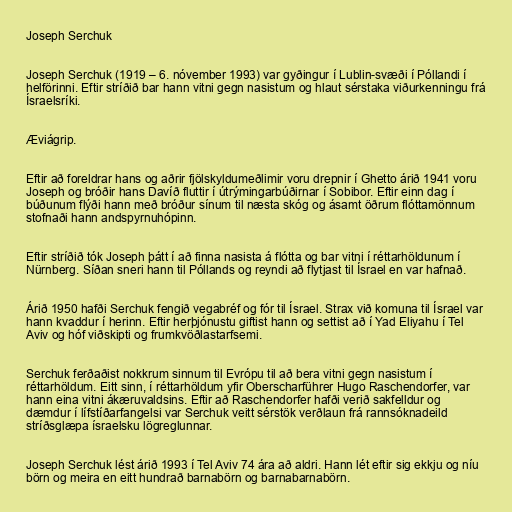
Joseph Serchuk

Joseph Serchuk (1919 – 6. nóvember 1993) var gyðingur í Lublin-svæði í Póllandi í
helförinni. Eftir stríðið bar hann vitni gegn nasistum og hlaut sérstaka viðurkenningu frá
Ísraelsríki.

Æviágrip.

Eftir að foreldrar hans og aðrir fjölskyldumeðlimir voru drepnir í Ghetto árið 1941 voru
Joseph og bróðir hans Davíð fluttir í útrýmingarbúðirnar í Sobibor. Eftir einn dag í
búðunum flýði hann með bróður sínum til næsta skóg og ásamt öðrum flóttamönnum
stofnaði hann andspyrnuhópinn.

Eftir stríðið tók Joseph þátt í að finna nasista á flótta og bar vitni í réttarhöldunum í
Nürnberg. Síðan sneri hann til Póllands og reyndi að flytjast til Ísrael en var hafnað.

Árið 1950 hafði Serchuk fengið vegabréf og fór til Ísrael. Strax við komuna til Ísrael var
hann kvaddur í herinn. Eftir herþjónustu giftist hann og settist að í Yad Eliyahu í Tel
Aviv og hóf viðskipti og frumkvöðlastarfsemi.

Serchuk ferðaðist nokkrum sinnum til Evrópu til að bera vitni gegn nasistum í
réttarhöldum. Eitt sinn, í réttarhöldum yfir Oberscharführer Hugo Raschendorfer, var
hann eina vitni ákæruvaldsins. Eftir að Raschendorfer hafði verið sakfelldur og
dæmdur í lífstíðarfangelsi var Serchuk veitt sérstök verðlaun frá rannsóknadeild
stríðsglæpa ísraelsku lögreglunnar.

Joseph Serchuk lést árið 1993 í Tel Aviv 74 ára að aldri. Hann lét eftir sig ekkju og níu
börn og meira en eitt hundrað barnabörn og barnabarnabörn.